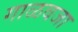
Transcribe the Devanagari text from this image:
गाळवजा